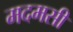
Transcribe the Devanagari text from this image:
मदमसी